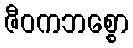
ဇီဝကဘစ္စော